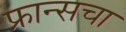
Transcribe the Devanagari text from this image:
फ्रान्‍सचा